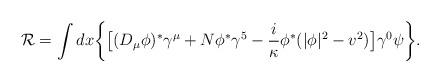
LaTeX: \begin{align*}{\cal R} = \int dx \biggl\{ \bigl[ (D_\mu \phi)^* \gamma^\mu+ N\phi^* \gamma^5- {i\over \kappa} \phi^*(|\phi|^2 -v^2)\bigr]\gamma^0 \psi \biggr\}.\end{align*}